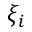
\xi _ { i }